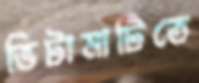
ভিটামাটিতে